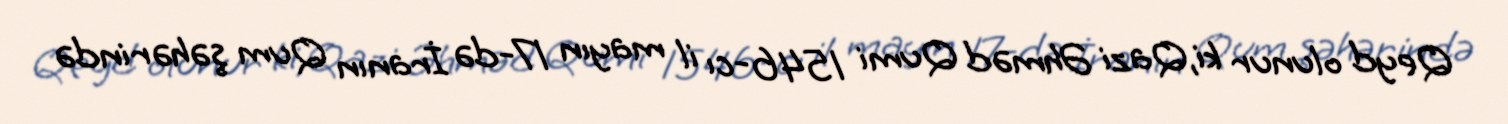
Qeyd olunur ki,Qazi Əhməd Qumi 1546-cı il mayın 17-də İranın Qum şəhərində